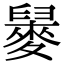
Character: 𪌲